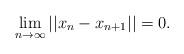
LaTeX: \begin{align*}\lim\limits_{n\to\infty}||x_n-x_{n+1}||=0.\end{align*}